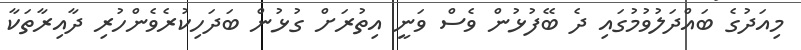
މިއަދުގެ ބައްދަލުވުމުގައި ދެ ބޭފުޅުން ވެސް ވަނީ އިތުރަށް ގުޅުން ބަދަހިކުރެވެންހުރި ދާއިރާތަކާ